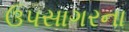
ઉપસાગરના